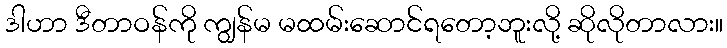
ဒါဟာ ဒီတာဝန်ကို ကျွန်မ မထမ်းဆောင်ရတော့ဘူးလို့ ဆိုလိုတာလား။